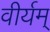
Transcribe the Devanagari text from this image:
वीर्यम्